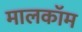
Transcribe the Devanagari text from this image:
मालकॉम